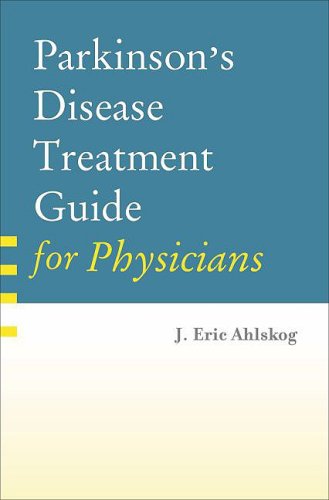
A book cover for Parkinson's Disease Treatment Guide for Physicians; J. Eric Ahlskog  MD  PhD; Health, Fitness & Dieting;